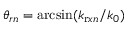
\theta _ { r n } = \mathrm { a r c s i n } ( k _ { \mathrm { r } x n } / k _ { 0 } )